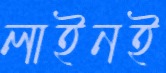
লাইনই